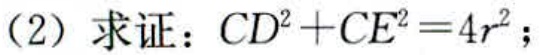
（2）求证：\(CD^{2}+CE^{2}=4r^{2}\)；